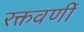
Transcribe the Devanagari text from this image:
रक्तवर्णी